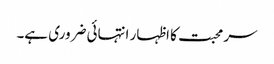
سر محبت کا اظہار انتہائی ضروری ہے۔